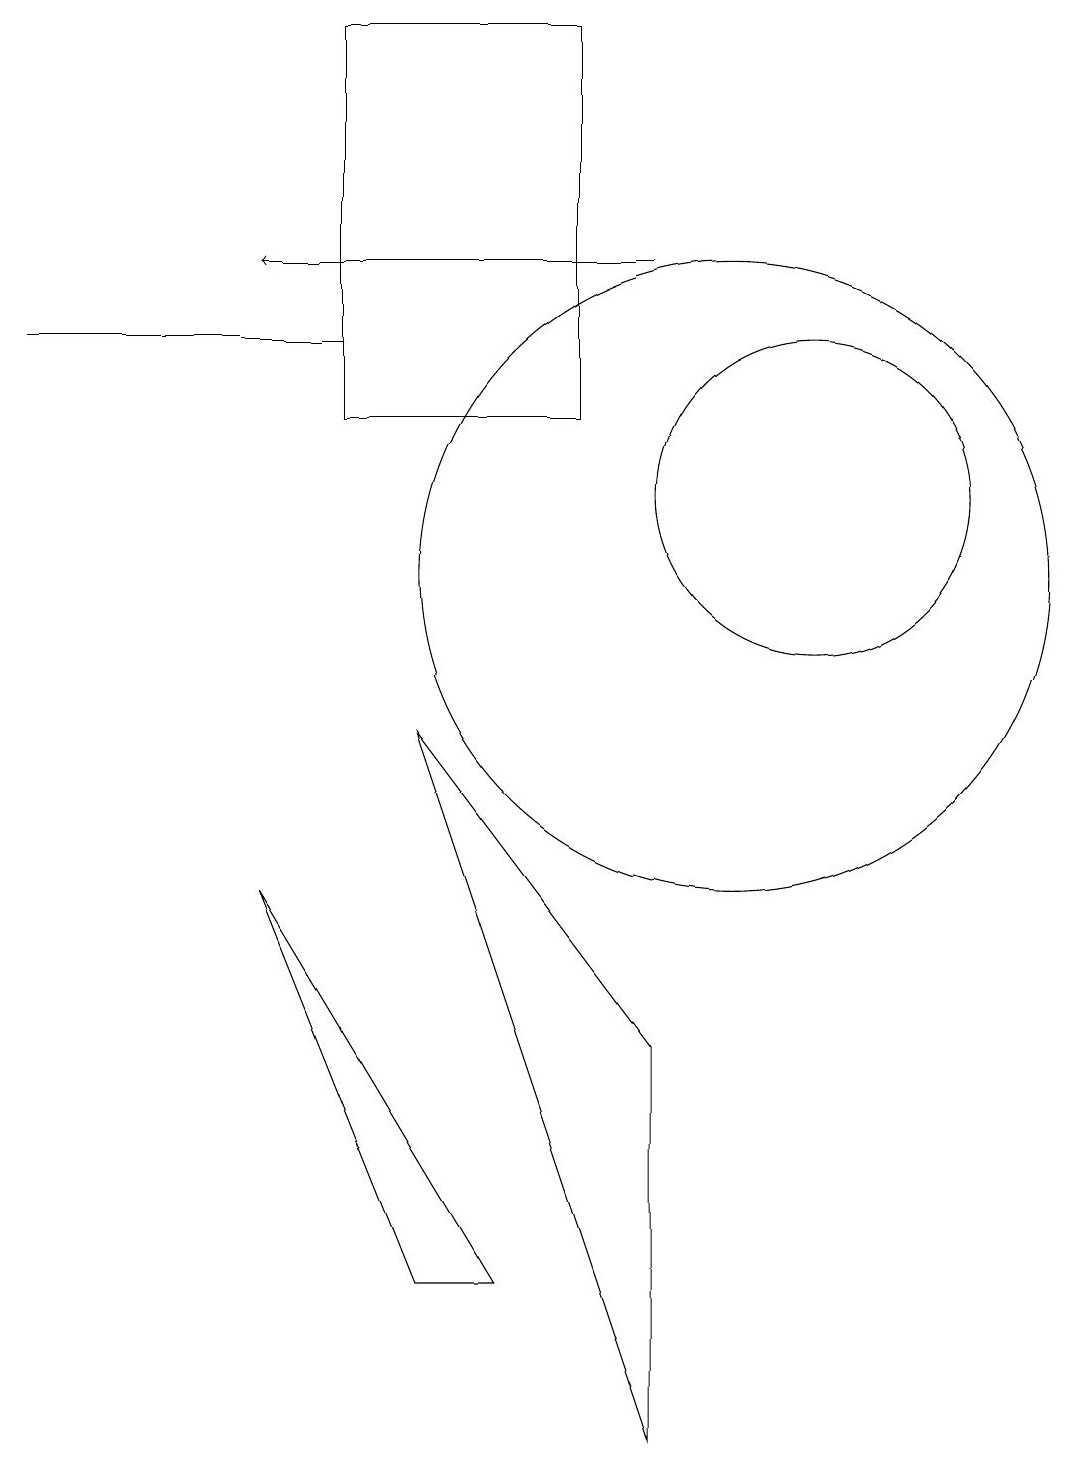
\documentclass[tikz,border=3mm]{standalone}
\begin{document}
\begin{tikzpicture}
\draw (11,12) circle (2);
\draw (9,0) -- (9,5) -- (6,9) -- cycle;
\draw (5,14) rectangle (1,14);
\draw[->] (9,15) -- (4,15);
\draw (10,11) circle (4);
\draw (5,18) rectangle (8,13);
\draw (4,7) -- (6,2) -- (7,2) -- cycle;
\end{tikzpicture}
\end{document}